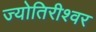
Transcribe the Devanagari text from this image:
ज्योतिरीश्‍वर